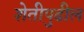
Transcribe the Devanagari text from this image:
शेतीपुढील